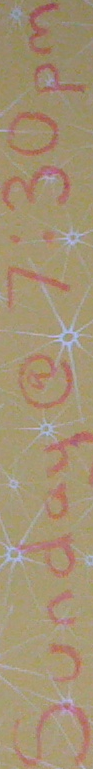
Sunday@7:30pm